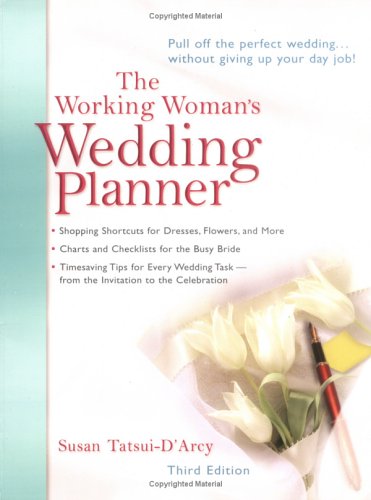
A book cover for The Working Woman's Wedding Planner; Susan Tatsui-D'Arcy; Crafts, Hobbies & Home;